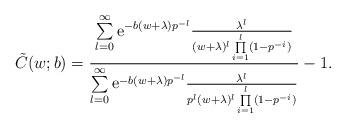
LaTeX: \begin{align*}\tilde{C}(w;b)&=\frac{\sum\limits_{l=0}^\infty\mathrm{e}^{-b (w+\lambda) p^{-l}}\frac{\lambda^{l}}{ (w+\lambda)^{l}\prod\limits_{i=1}^{l}(1- p^{-i})}}{\sum\limits_{l=0}^\infty\mathrm{e}^{-b(w+\lambda)p^{-l} }\frac{\lambda^{l}}{p^{l}(w+\lambda)^{l}\prod\limits_{i=1}^{l}(1-p^{-i})}}-1.\end{align*}